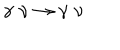
\gamma \, \, \nu \rightarrow \gamma \, \, \nu \, \,